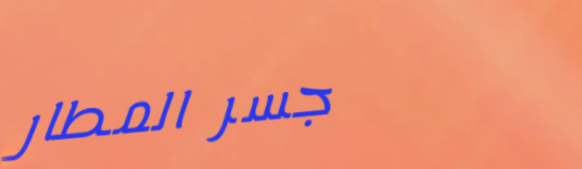
جسر المطار